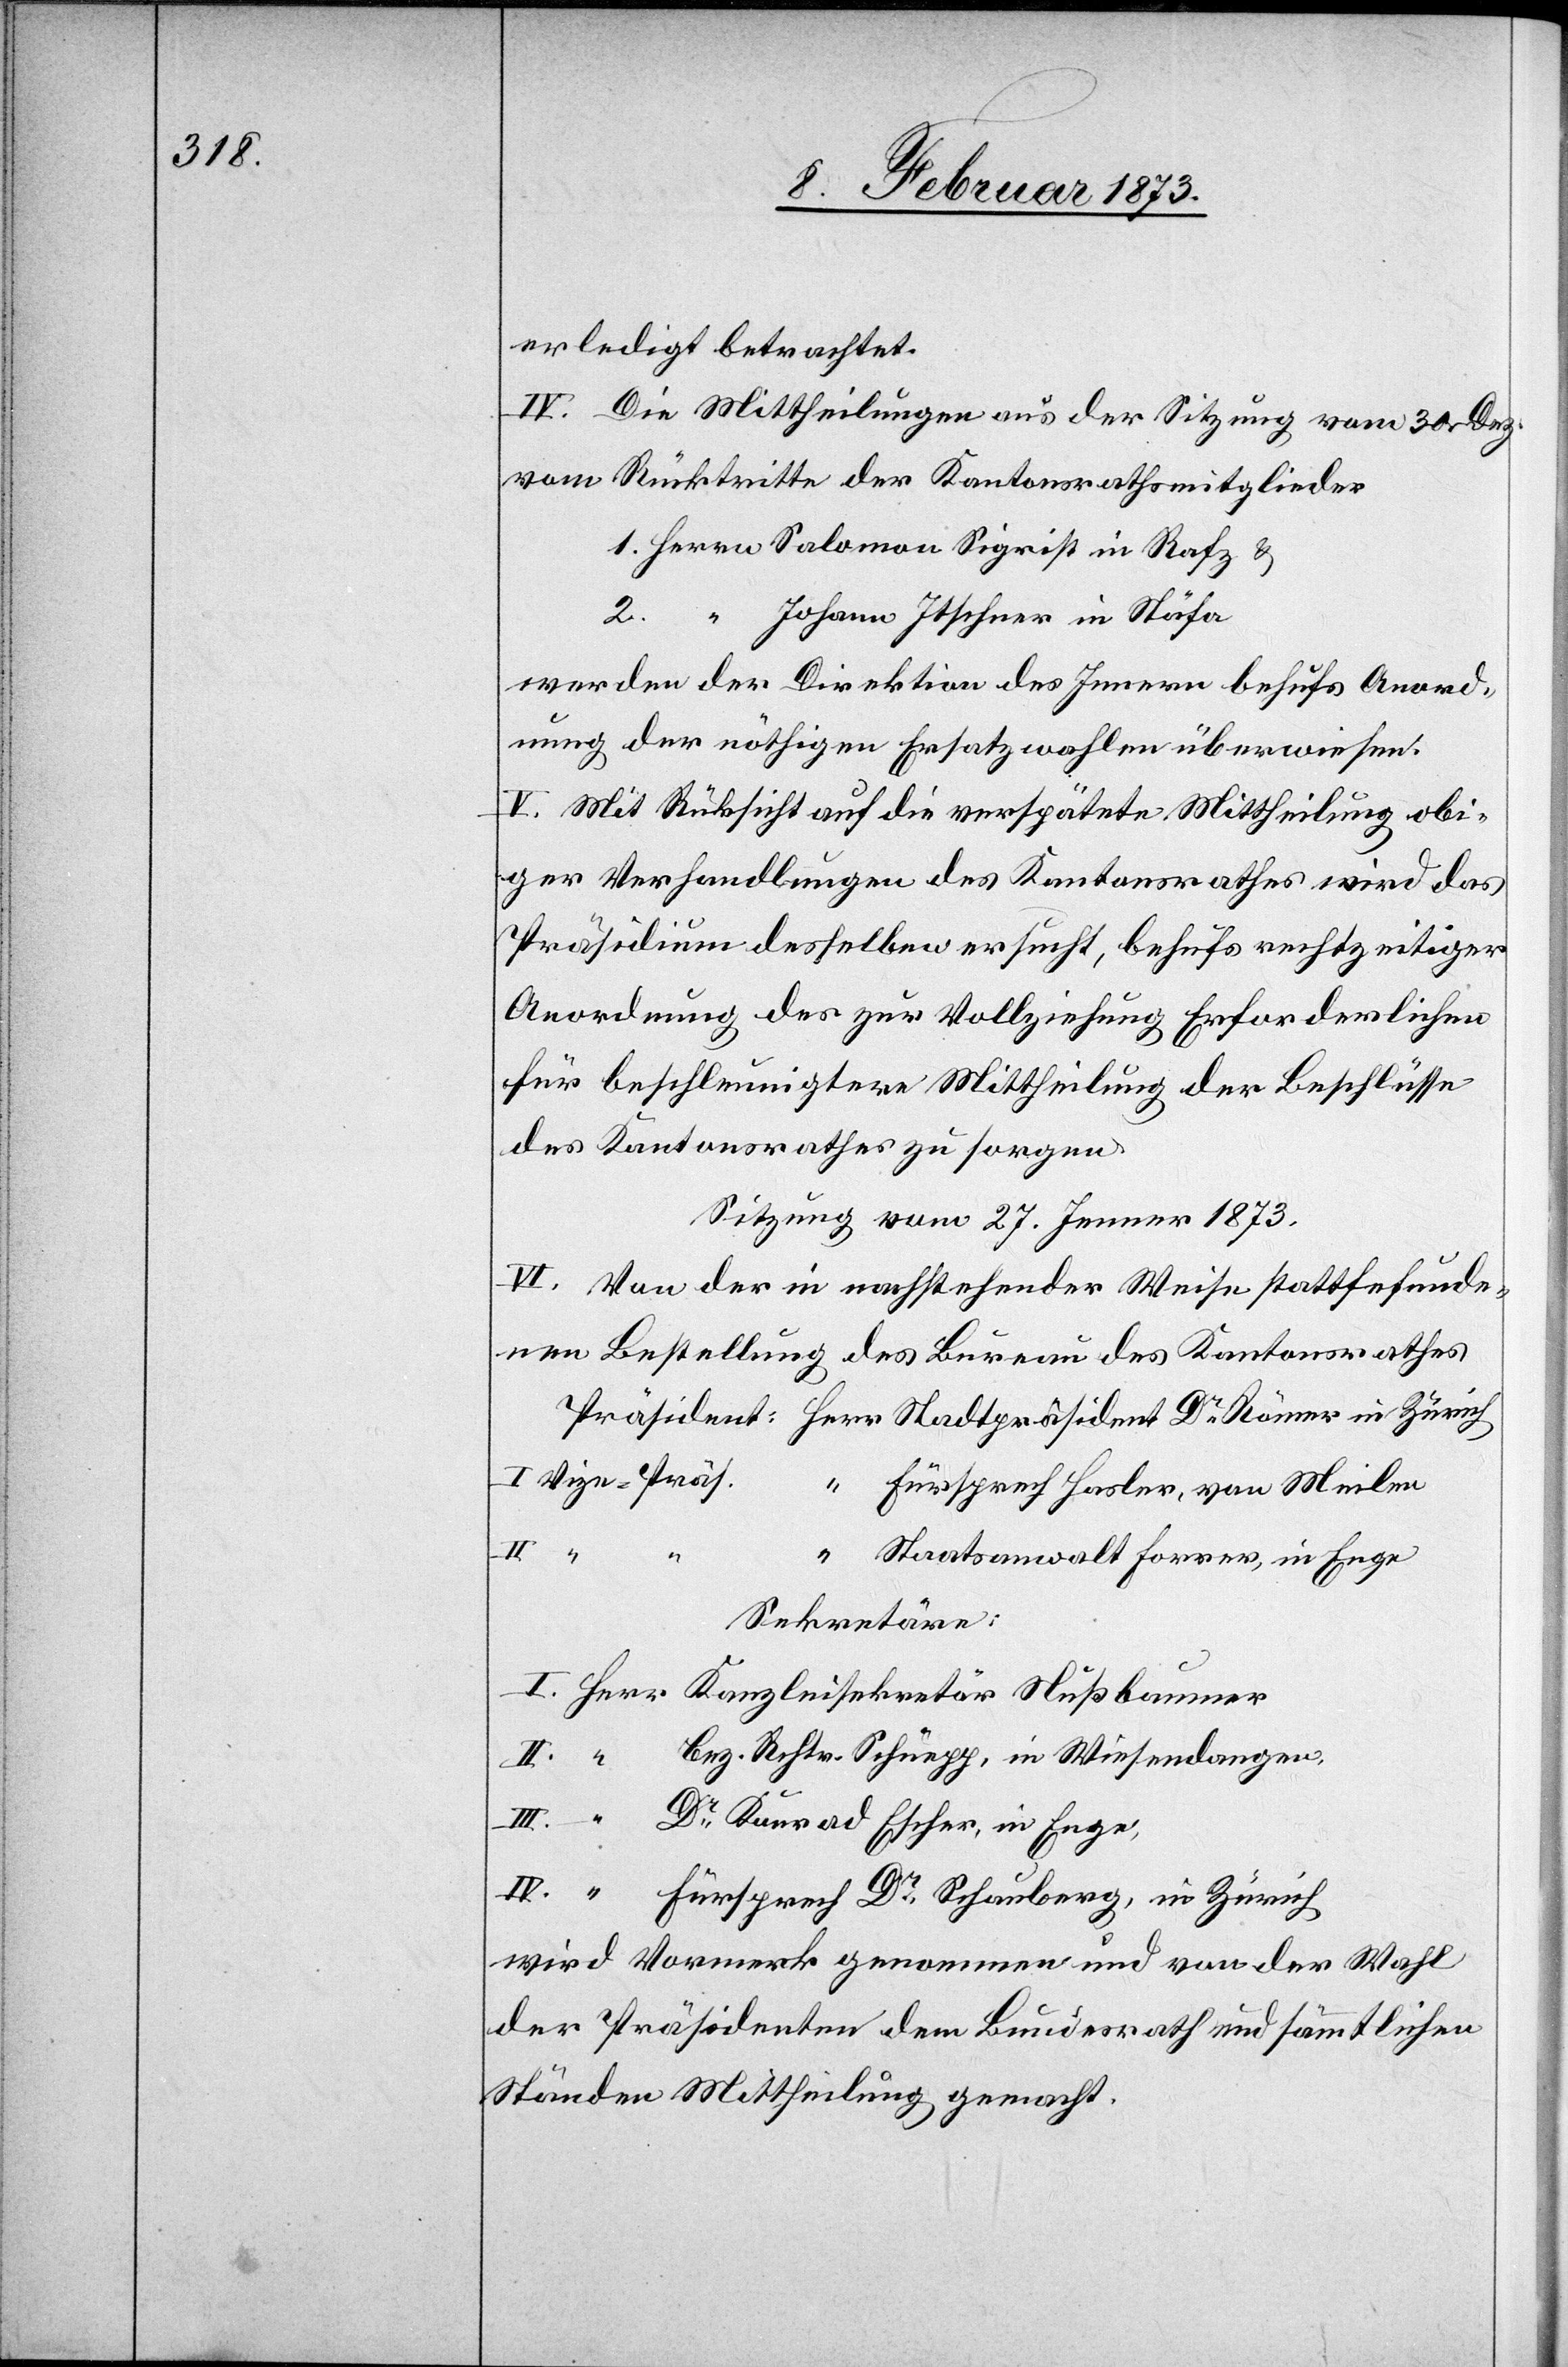
erledigt betrachtet.
IV. Die Mittheilungen aus der Sitzung vom 30. Dez.
vom Rücktritte der Kantonsrathsmitglieder
1. Herrn Salamon Sigrist in Rafz
u.
2. “ Johann Itschner in Stäfa
werden der Direktion des Innern behufs Anord¬
nung der nöthigen Ersatzwahlen überwiesen.
V. Mit Rücksicht auf die verspätete Mittheilung obi¬
ger Verhandlungen des Kantonsrathes wird das
Präsidium desselben ersucht, behufs rechtzeitiger
Anordnung des zur Vollziehung Erforderlichen
für beschleunigtere Mittheilung der Beschlüsse
des Kantonsrathes zu sorgen.
Sitzung vom 27. Jenner 1873.
VI. Von der in nachstehender Weise stattfefundenen
Bestellung des Bureau des Kantonsrathes
Präsident: Herr Stadtpräsident Dr Römer in Zürich
I. Vize-Präs. “ Fürsprech Hasler, von Meilen
II. “
“
Staatsanwalt Forrer, in Enge
Sekretäre:
I. Herr Kanzleisekretär Nußbaumer
II. “ Bez. Rchtr. Schuegg, in Wiesendangen,
III. “ Dr Konrad Escher, in Enge,
IV. “ Fürsprech Dr Schauberg, in Zürich
wird Vormerk genommen und von der Wahl
der Präsidenten dem Bundesrath und sämmtlichen
Ständen Mittheilung gemacht.